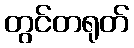
တွင်တရုတ်